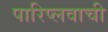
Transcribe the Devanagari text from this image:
पारिप्लवाची